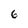
Character: 6